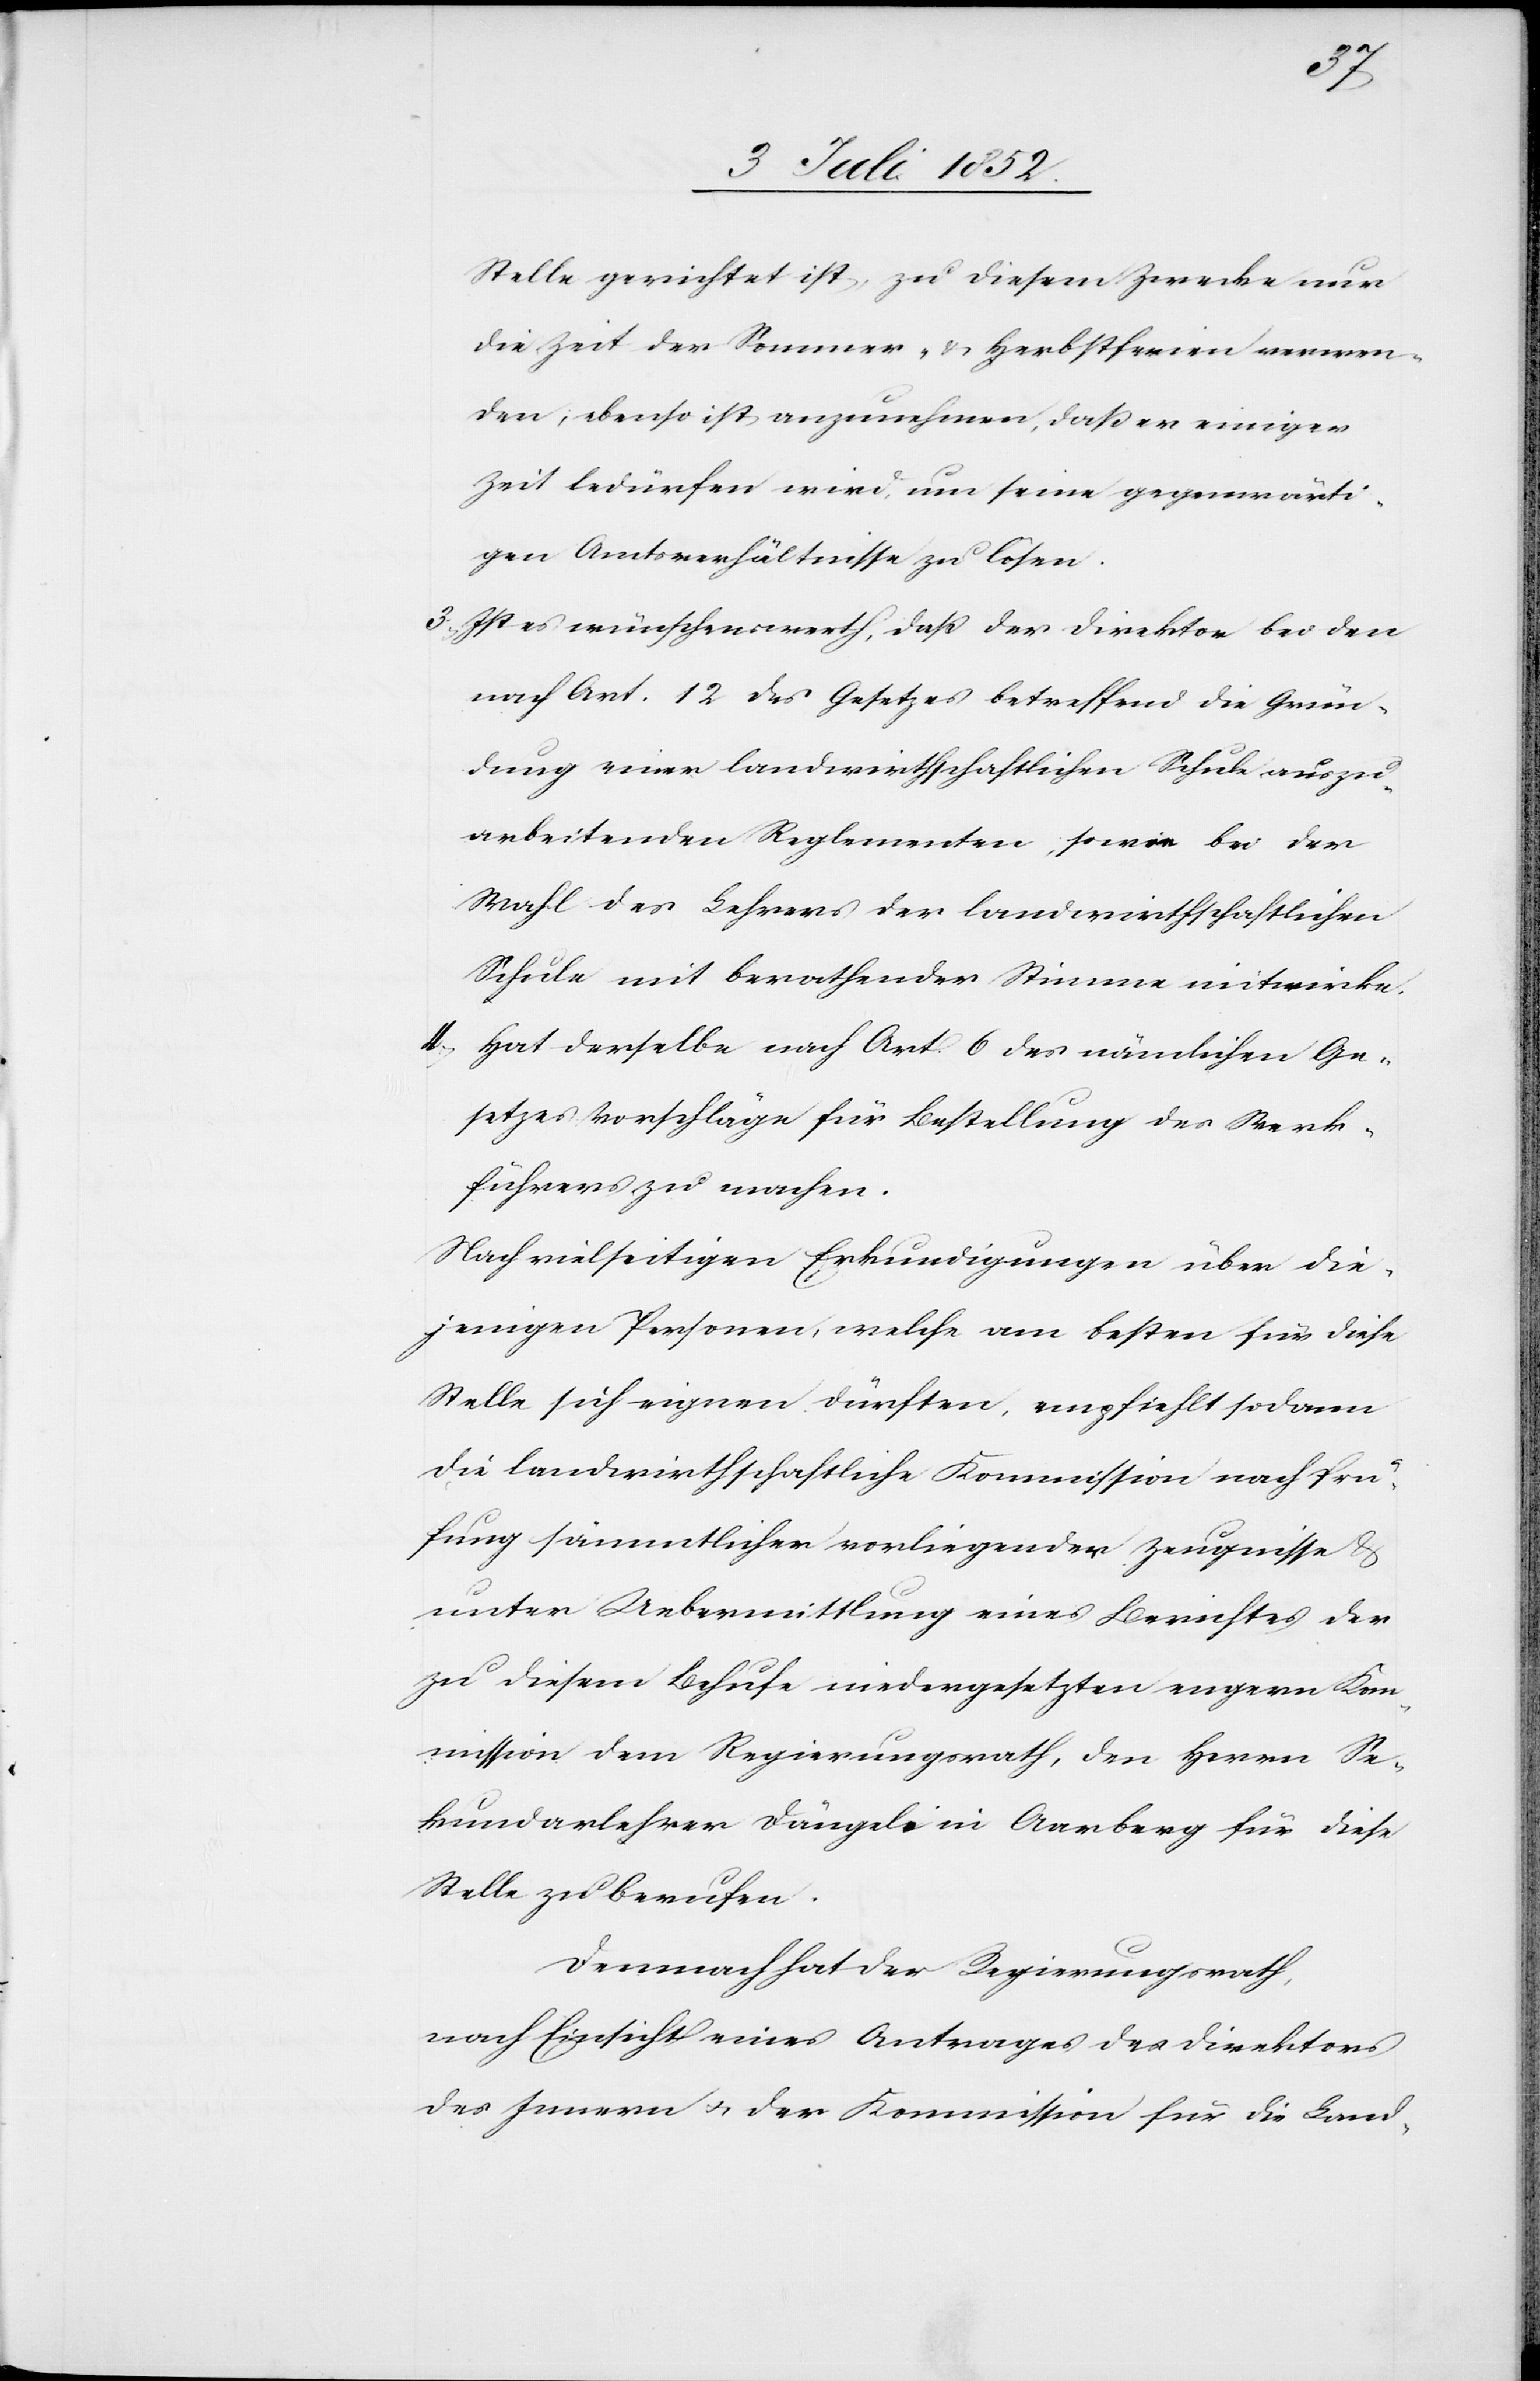
Stelle gerichtet ist, zu diesem Zwecke nur
die Zeit der Sommer- & Herbstferien verwen¬
den; ebenso ist anzunehmen, daß er einiger
Zeit bedürfen wird, um seine gegenwärti¬
gen Amtsverhältnisse zu lösen.
Ist es wünschenswerth, daß der Direktor bei den
nach Art. 12 des Gesetzes betreffend die Grün¬
dung einer landwirthschaftlichen Schule auszu¬
arbeitenden Reglementen, sowie bei der
Wahl des Lehrers der landwirthschaftlichen
Schule mit berathender Stimme mitwirke.
4,
Hat derselbe nach Art. 6 des nämlichen Ge¬
setzes Vorschläge für Bestellung des Werk¬
führers zu machen.
Nach vielseitigen Erkundigungen über die¬
jenigen Personen, welche am besten für diese
Stelle sich eignen dürften, empfiehlt sodann
die landwirthschaftliche Kommission nach Prü¬
fung sämmtlicher vorliegender Zeugnisse &
unter Uebermittlung eines Berichtes der
zu diesem Behufe niedergesetzten engern Kom¬
mission dem Regierungsrath, den Herrn Se¬
kundarlehrer Dängeli [sic!] in Aarberg für diese
Stelle zu berufen.
Demnach hat der Regierungsrath,
nach Einsicht eines Antrages des Direktors
des Innern & der Kommission für die Land-